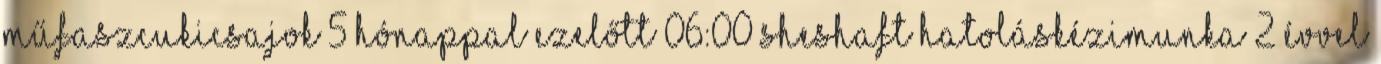
műfaszcukicsajok 5 hónappal ezelőtt 06:00 SheShaft hatoláskézimunka 2 évvel